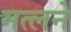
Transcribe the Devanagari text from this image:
मत्लने